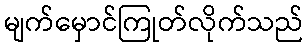
မျက်မှောင်ကြုတ်လိုက်သည်